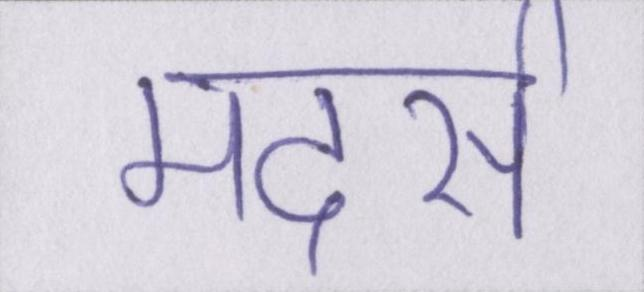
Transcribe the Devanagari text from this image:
मदर्स